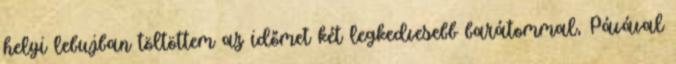
helyi lebujban töltöttem az időmet két legkedvesebb barátommal, Pávával